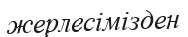
жерлесімізден